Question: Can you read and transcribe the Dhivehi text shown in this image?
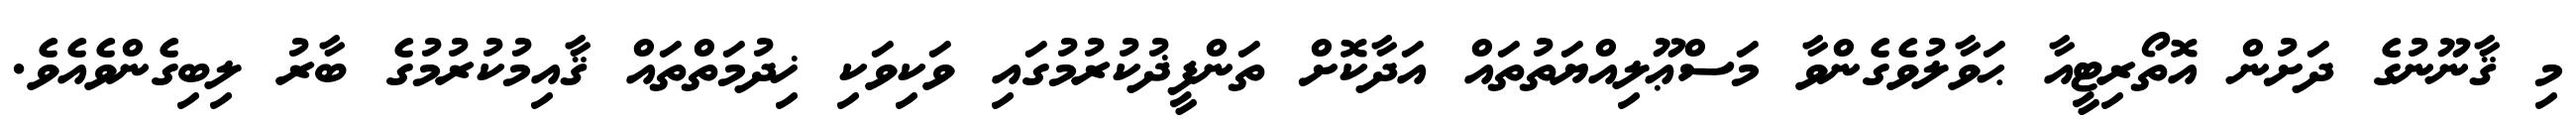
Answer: މި ޤާނޫނުގެ ދަށުން އޮތޯރިޓީއާ ޙަވާލުވެގެންވާ މަސްޢޫލިއްޔަތުތައް އަދާކޮށް ތަންފީޛުކުރުމުގައި ވަކިވަކި ޚިދުމަތްތައް ޤާއިމުކުރުމުގެ ބާރު ލިބިގެންވެއެވެ.